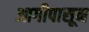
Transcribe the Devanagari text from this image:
आगीपासून